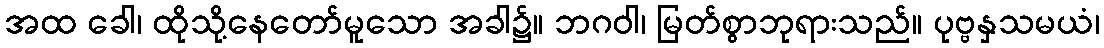
အထ ခေါ၊ ထိုသို့နေတော်မူသော အခါ၌။ ဘဂဝါ၊ မြတ်စွာဘုရားသည်။ ပုဗ္ဗနှသမယံ၊